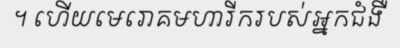
។ ហើយមេរោគមហារីករបស់អ្នកជំងឺ